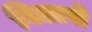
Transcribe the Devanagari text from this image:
विलासे